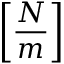
\bigg [ \frac { N } { m } \bigg ]